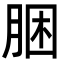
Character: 㬷